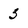
Character: 3